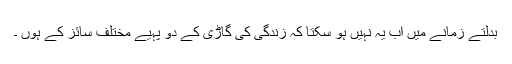
بدلتے زمانے میں اب یہ نہیں ہو سکتا کہ زندگی کی گاڑی کے دو پہیے مختلف سائز کے ہوں ۔